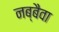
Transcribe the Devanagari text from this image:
नब्बैवा